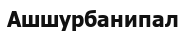
Ашшурбанипал